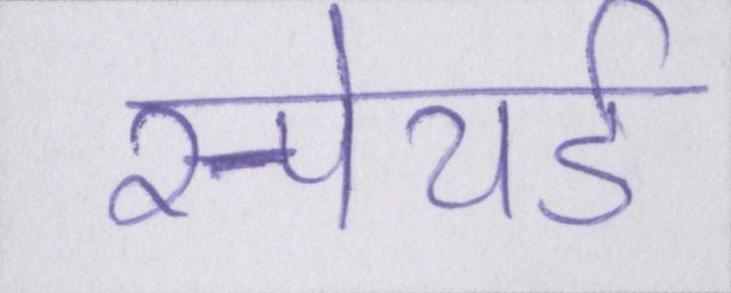
स्पेयर्ड